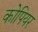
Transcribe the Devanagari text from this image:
कोपियर